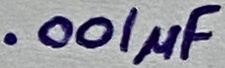
Text: .001µF